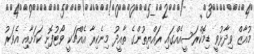
މުއާޒް ވިދާޅުވީ ޑިމޮކްރަސީއެއްގައި ރައްޔިތުންގެ ތާއީދު މިނެކިރާ އެއްޗަކީ ވޯޓުފޮށި ކަމަށާއި އެވަރު